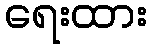
ရေးထား